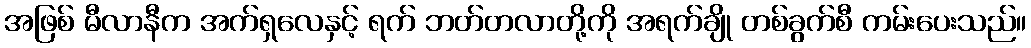
အဖြစ် မီလာနီက အက်ရှလေနှင့် ရက် ဘတ်တလာတို့ကို အရက်ချို တစ်ခွက်စီ ကမ်းပေးသည်။